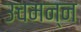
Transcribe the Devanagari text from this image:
उचमन्न